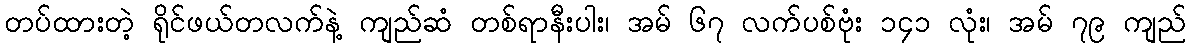
တပ်ထားတဲ့ ရိုင်ဖယ်တလက်နဲ့ ကျည်ဆံ တစ်ရာနီးပါး၊ အမ် ၆၇ လက်ပစ်ဗုံး ၁၄၁ လုံး၊ အမ် ၇၉ ကျည်